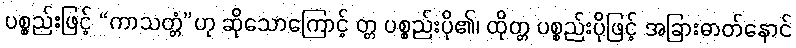
ပစ္စည်းဖြင့် “ကာသတ္တံ”ဟု ဆိုသောကြောင့် တ္တ ပစ္စည်းပို၏၊ ထိုတ္တ ပစ္စည်းပိုဖြင့် အခြားဓာတ်နောင်